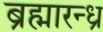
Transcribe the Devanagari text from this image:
ब्रह्मारन्ध्र